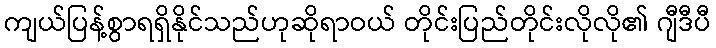
ကျယ်ပြန့်စွာရရှိနိုင်သည်ဟုဆိုရာဝယ် တိုင်းပြည်တိုင်းလိုလို၏ ဂျီဒီပီ